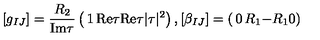
[ g _ { I J } ] = \frac { R _ { 2 } } { \mathrm { I m } \tau } \left( \begin{matrix} { 1 } & { \mathrm { R e } \tau } \\ { \mathrm { R e } \tau } & { | \tau | ^ { 2 } } \\ \end{matrix} \right) , [ \beta _ { I J } ] = \left( \begin{matrix} { 0 } & { R _ { 1 } } \\ { - R _ { 1 } } & { 0 } \\ \end{matrix} \right)